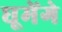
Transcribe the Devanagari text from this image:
घूमेंगे